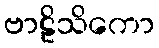
ဗာဠိသိကော